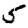
Digit: 5